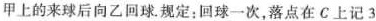
甲上的来球后向乙回球。规定：回球一次，落点在C上记3